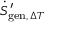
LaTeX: { \dot { S } } _ { \mathrm { g e n } , \, \Delta T } ^ { \prime }